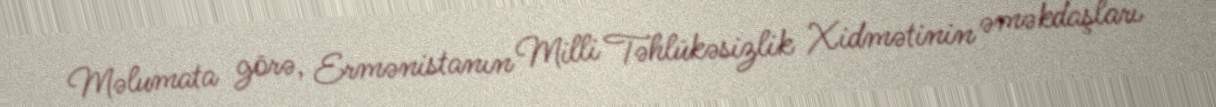
Məlumata görə, Ermənistanın Milli Təhlükəsizlik Xidmətinin əməkdaşları